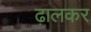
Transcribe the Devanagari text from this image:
ढ़ालकर